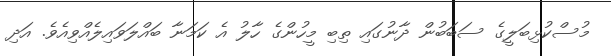
މުސްކުޅިބަލީގެ ސަބަބުން ދާނުގައި ތިބި މީހުންގެ ހާލު އެ ކަމަނާ ބައްލަވައިލެއްވިއެވެ. އަދި